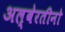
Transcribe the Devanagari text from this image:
अल्बेरतीनो